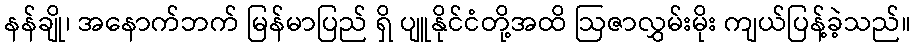
နန်ချို၊ အနောက်ဘက် မြန်မာပြည် ရှိ ပျူနိုင်ငံတို့အထိ ဩဇာလွှမ်းမိုး ကျယ်ပြန့်ခဲ့သည်။